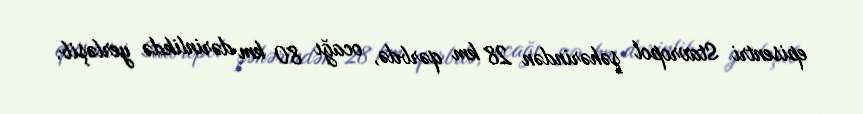
episentri Stavropol şəhərindən 28 km qərbdə, ocağı 80 km dərinlikdə yerləşib.